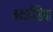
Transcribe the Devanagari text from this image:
बकलैंडिया